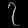
Digit: ၇